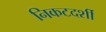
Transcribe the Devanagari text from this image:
निकटदर्शी